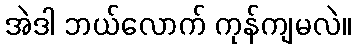
အဲဒါ ဘယ်လောက် ကုန်ကျမလဲ။